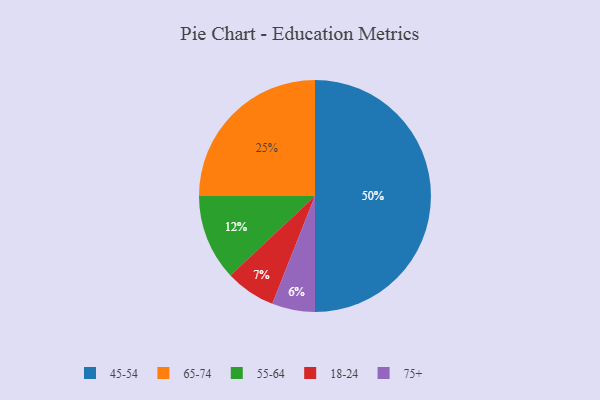
{"axis": {"x": "Category", "y": "Percentage"}, "legend": ["18-24", "45-54", "55-64", "65-74", "75+"], "data": [{"x": "45-54", "y": 50, "type": "45-54"}, {"x": "65-74", "y": 25, "type": "65-74"}, {"x": "75+", "y": 6, "type": "75+"}, {"x": "55-64", "y": 12, "type": "55-64"}, {"x": "18-24", "y": 7, "type": "18-24"}]}